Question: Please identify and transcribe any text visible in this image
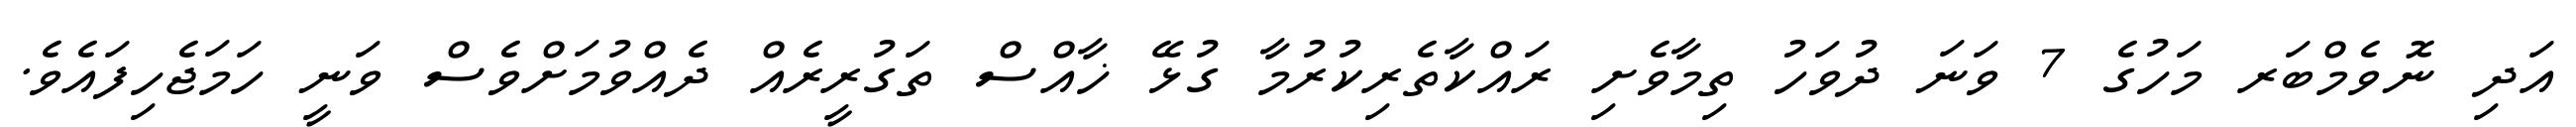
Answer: އަދި ނޮވެމްބަރ މަހުގެ 7 ވަނަ ދުވަހު ތިމާވެށި ރައްކާތެރިކުރުމާ ގުޅޭ ޚާއްސް ތަގުރީރެއް ދެއްވުމަށްވެސް ވަނީ ހަމަޖެހިފައެވެ.